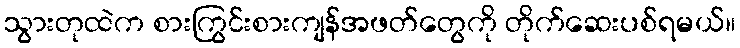
သွားတုထဲက စားကြွင်းစားကျန်အဖတ်တွေကို တိုက်ဆေးပစ်ရမယ်။